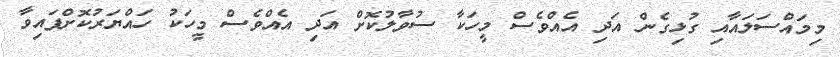
މިމައްސަލައާއި ގުޅިގެން އަދި އެއްވެސް މީހަކާ ސުވާލުކޮށް އަދި އެއްވެސް މީހަކު ހައްޔަރުކޮށްފައިވާ